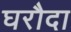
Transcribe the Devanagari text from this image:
घरौदा